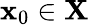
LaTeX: \mathbf{x}_{0}\in\mathbf{X}